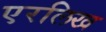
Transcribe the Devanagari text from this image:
एरलिख